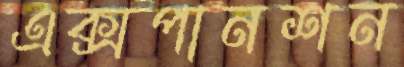
এক্সপানশন